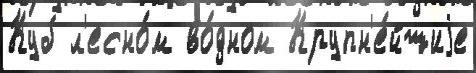
Куб л'есно́м во́дном Крупн'е́йшиjе